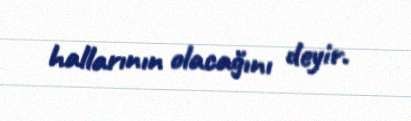
hallarının olacağını deyir.